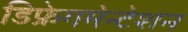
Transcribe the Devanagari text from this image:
डिफ्रेगमेन्टेशन